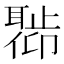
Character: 𬚣